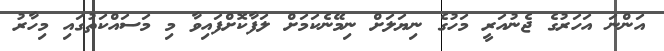
އަންނަ އަހަރުގެ ޖެނުއަރީ މަހުގެ ނިޔަލަށް ނިމޭނެކަމަށް ލަފާކޮށްފައިވާ މި މަސައްކަތުގައި މިހާރު